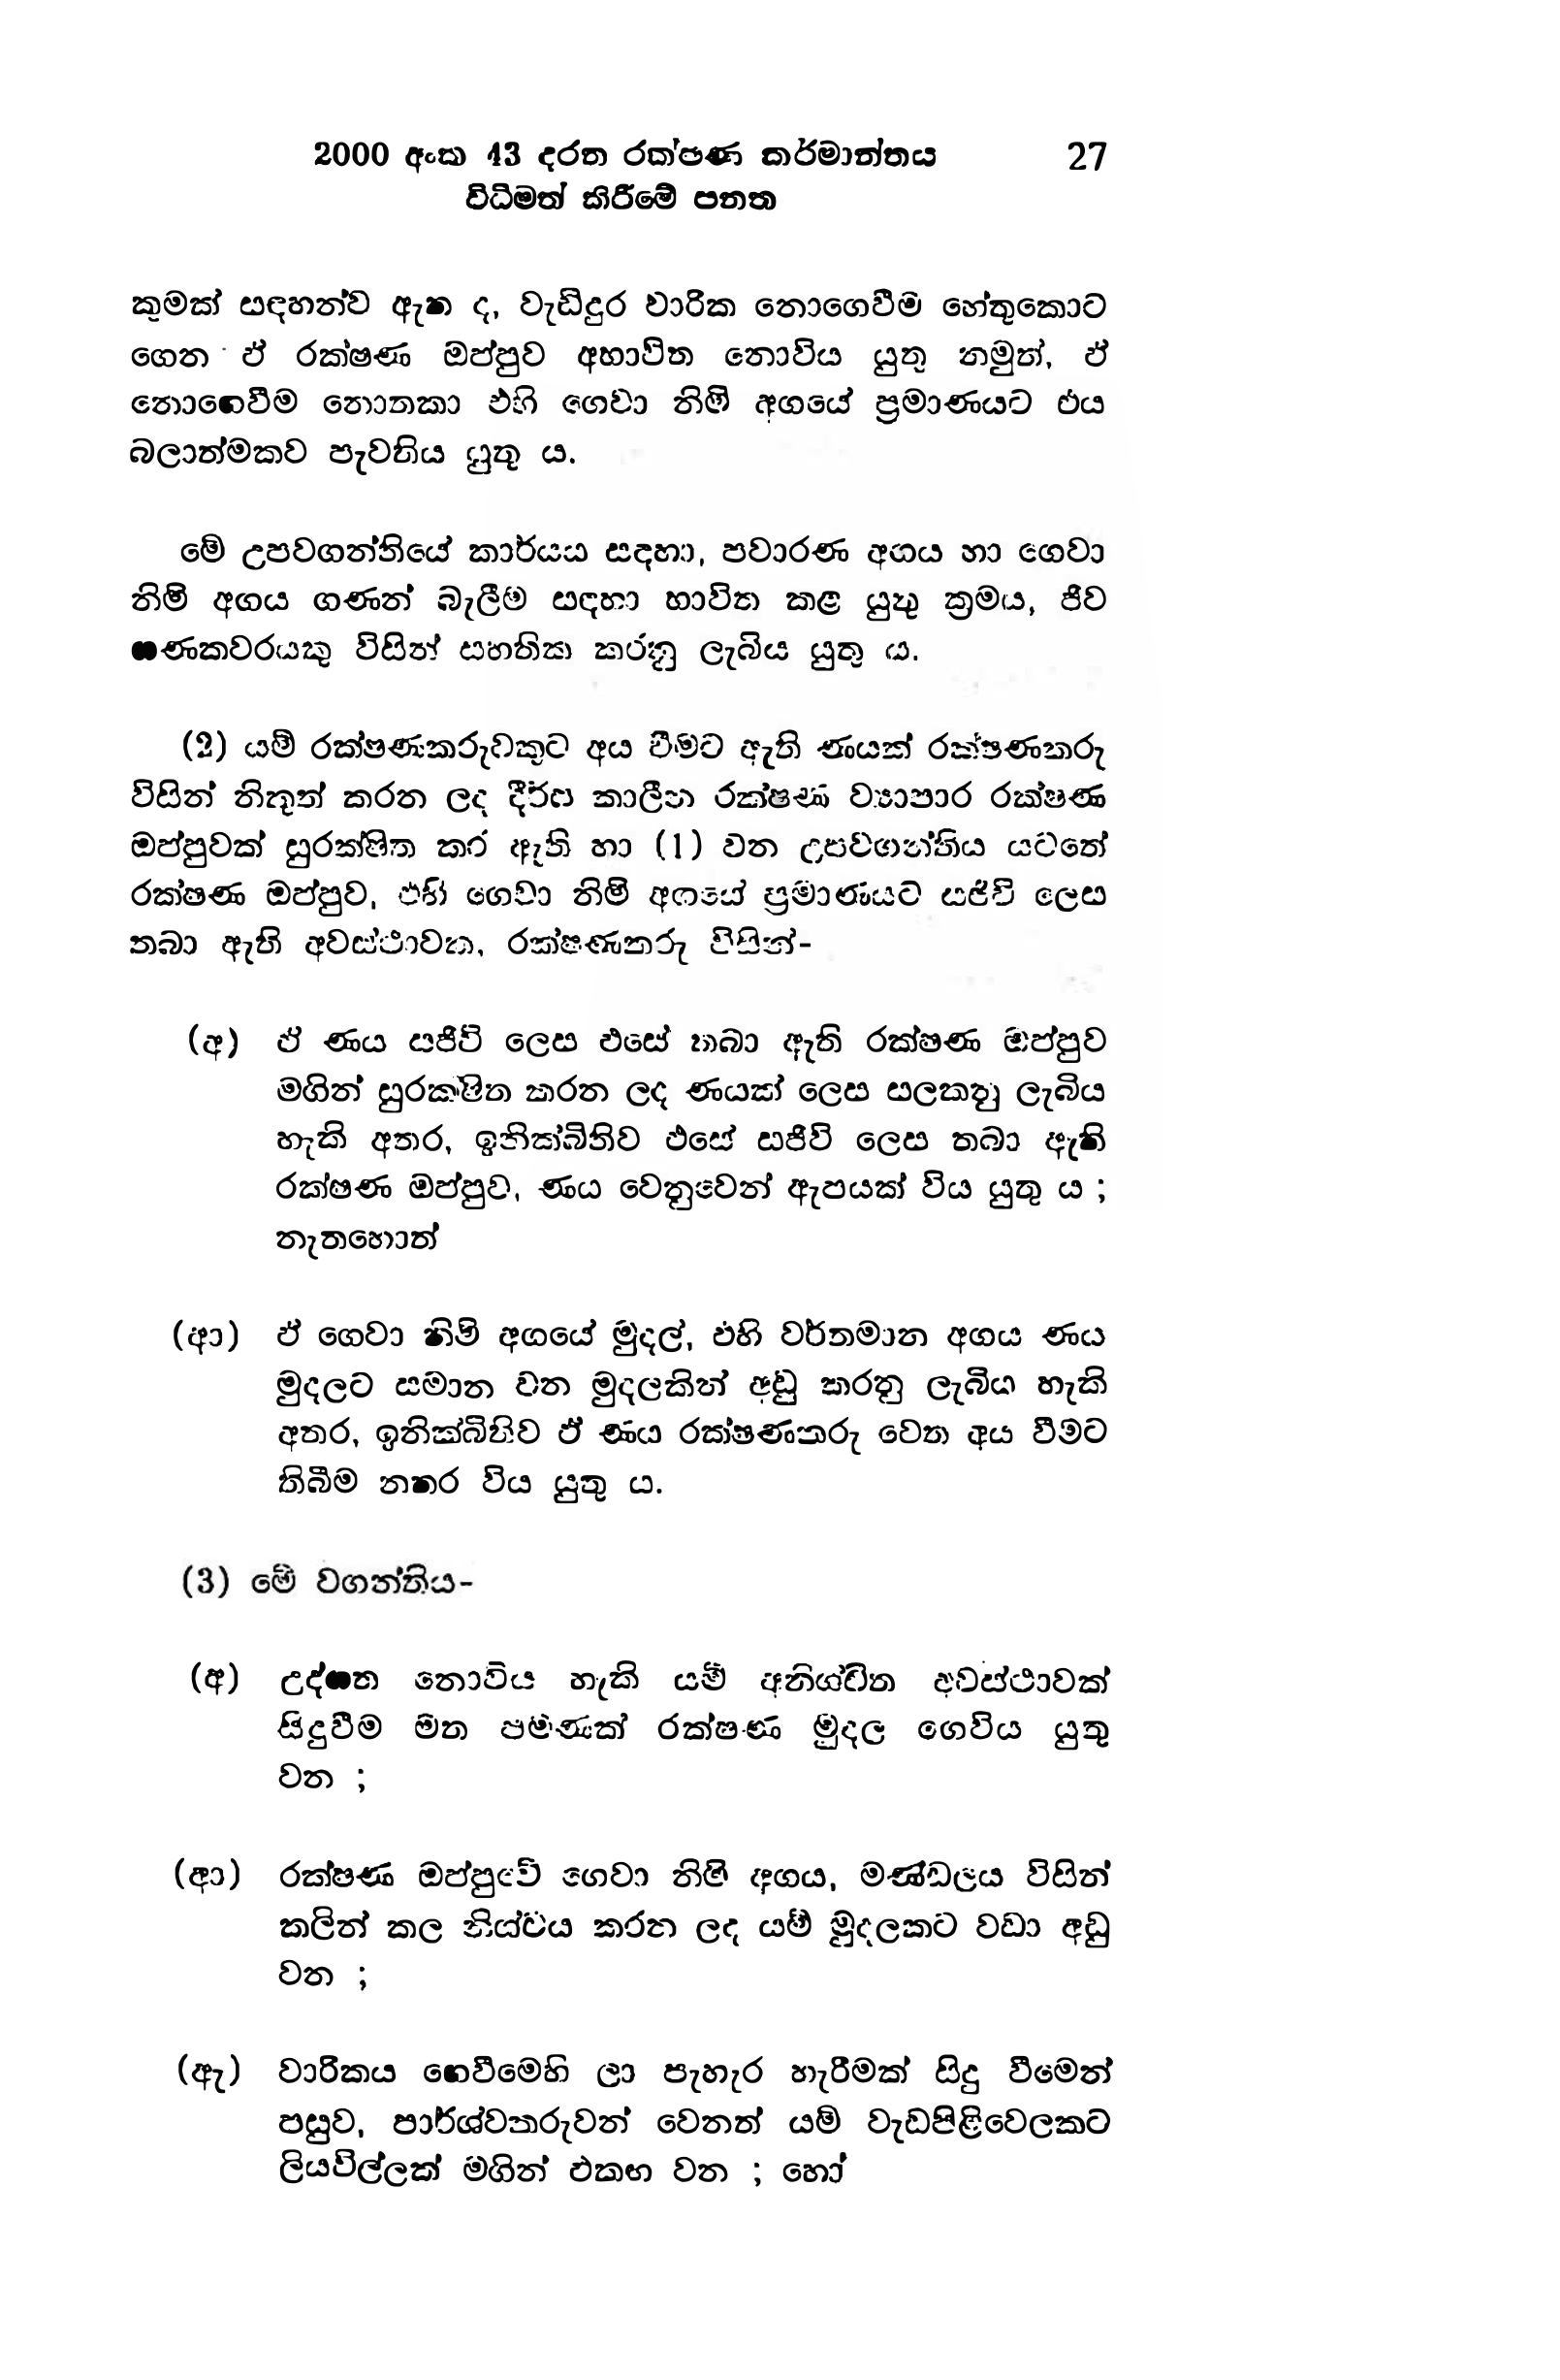
2000 අංක 43 දරන රක්ෂණ කර්මාන්තය 27
විධිමත් කිරීමේ පනත

කුමක් සඳහන්ව ඇත ද, වැඩිදුර වාරික නොගෙවීම හේතුකොට
ගෙන ඵ් රක්ෂණ ඔප්පුව අභාවිත නොවිය යුතු නමුත්, ඒ
නොගෙවීම නොතකා එහි ගෙවා නිමි අගයේ ප්‍රමාණයට එය
බලාත්මකව පැවතිය යුතු ය.

මේ උපවගන්තියේ කාර්යය සඳහා, පවාරණ අගය හා ගෙවා
නිමි අගය ගණන් බැලීම සඳහා භාවිත කළ යුතු ක්‍රමය, ජීව
ඝණකවරයකු විසින් සහතික කරනු ලැබිය යුතු ය.

(2) යම් රක්ෂණකරුවකුට අය වීමට ඇති ණයක් රක්ෂණකරු
විසින් නිකුත් කරන ලද දීර්ඝ කාලීන රක්ෂණ ව්‍යාපාර රක්ෂණ
ඔප්පුවක් සුරක්ෂිත කර ඇති හා (1) වන උපවගන්තිය යටතේ
රක්ෂණ ඔප්පුව, එහි ගෙවා නිමි අගයේ ප්‍රමාණයට සජීවි ලෙස
තබා ඇති අවස්ථාවක, රක්ෂණ තරු විසින්-

(අ) ඒ ණය සජීවි ලෙස එසේ කබා ඇති රක්ෂණ ඔප්පුව
මගින් සුරකෂිත කරන ලද ණයක් ලෙස සලකනු ලැබිය
හැකි අතර, ඉනික්බිතිව එසේ සජීවි ලෙස තබා ඇති
රක්ෂණ ඔප්පුව, ණය වෙනුවෙන් ඇපයක් විය යුතු ය ;
නැතහොත්

(ආ) ඵ් ගෙවා නිමි අගයේ මුදල්, එහි වර්තමාන අගය ණය
මුදලට සමාන වන මුදලකින් අඩු කරනු ලැබිය හැකි
අතර, ඉනික්බිතිව ඵ් ණය රක්ෂණ තරු වෙත අය වීමට
තිබීම නතර විය යුතු ය.

(3) මේ වගන්තිය-

(අ) උද්ගත නොවිය හැකි යම් අනිශ්චිත අවස්ථාවක්
සිදුවීම මත පමණක් රක්ෂණ මුදල ගෙවිය යුතු
වන ;

(ආ) රක්ෂණ ඔප්පුවේ ගෙවා නිමි අගය, මණ්ඩලය විසින්
කලින් කල නිශ්චය කරන ලද යම් මුදලකට වඩා අඩු
වන ;

(ඇ) වාරිකය ගෙවීමෙහි ලා පැහැර හැරීමක් සිදු වීමෙන්
පසුව, පාර්ශ්වතරුවන් වෙනත් යම් වැඩපිළිවෙලකට
ලියවිල්ලක් මගින් ඵකඟ වන ; හෝ